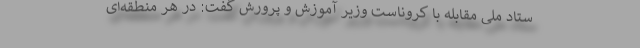
ستاد ملی مقابله با کروناست وزیر آموزش و پرورش گفت: در هر منطقه‌ای